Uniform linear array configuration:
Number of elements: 16
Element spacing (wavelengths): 1
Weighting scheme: binomial
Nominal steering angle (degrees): -60
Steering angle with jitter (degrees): -61.689
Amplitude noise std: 0.05
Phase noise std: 0.05

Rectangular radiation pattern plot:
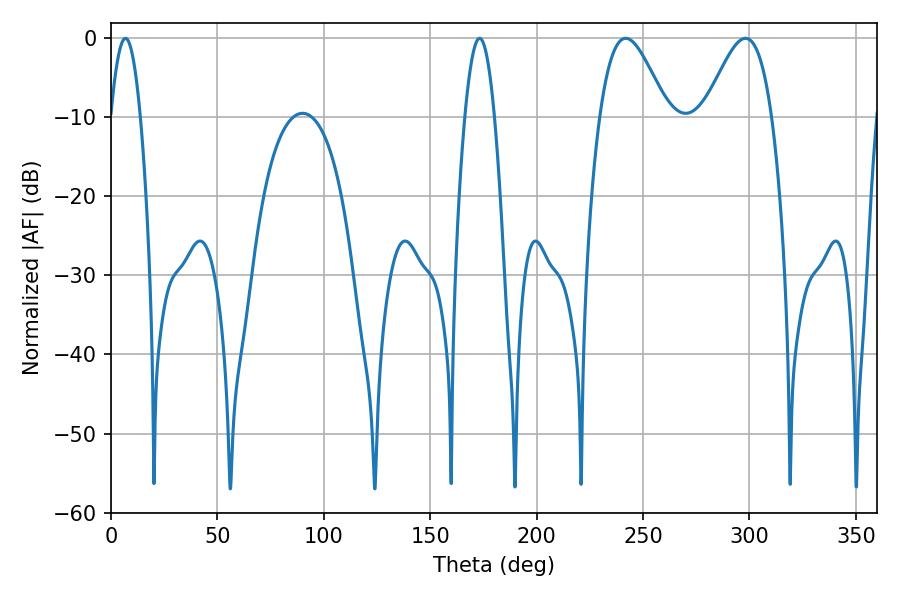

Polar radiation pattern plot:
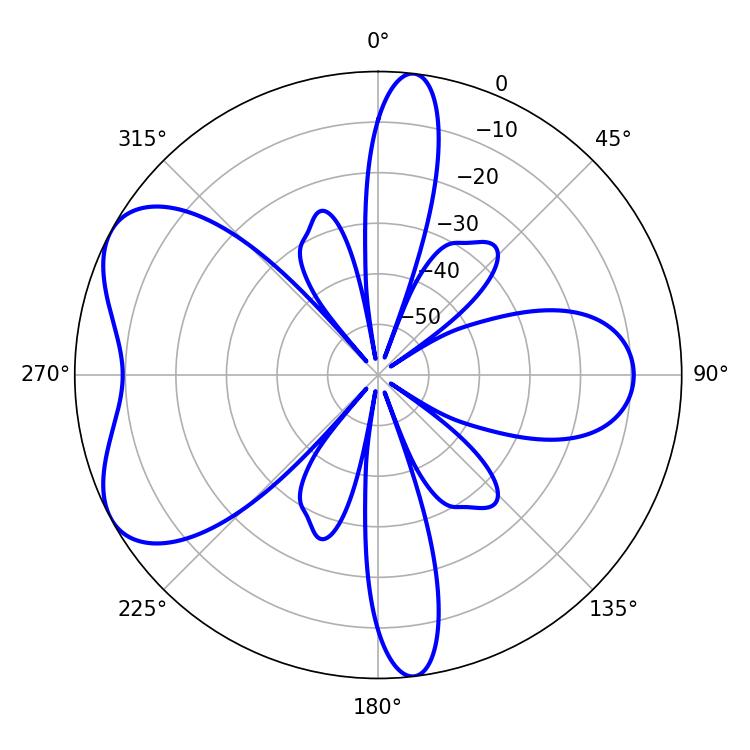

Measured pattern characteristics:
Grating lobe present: TRUE
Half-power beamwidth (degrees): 16.74
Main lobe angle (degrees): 298.08